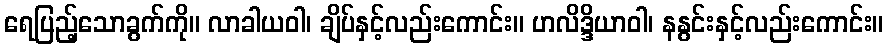
ရေပြည့်သောခွက်ကို။ လာခါယဝါ၊ ချိပ်နှင့်လည်းကောင်း။ ဟလိဒ္ဒိယာဝါ၊ နနွင်းနှင့်လည်းကောင်း။